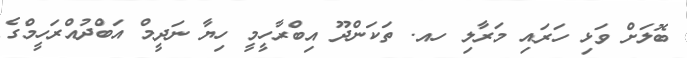
ބޮލަށް ވަޅި ހަރައި މަރާލި ހއ. ތަކަންދޫ އިބްރާހީމީ ހިޔާ ނަދީމް އަބްދުއްރަހީމްގެ